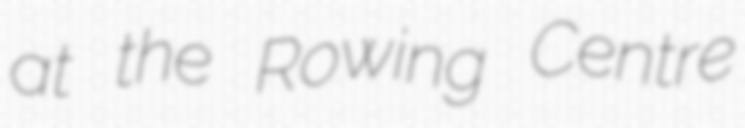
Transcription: at the Rowing Centre